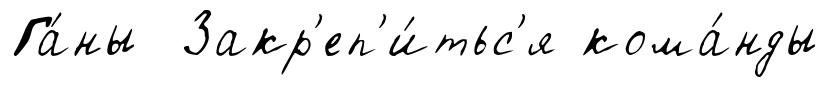
Га́ны Закр'еп'и́тьс'я кома́нды